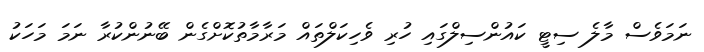
ނަމަވެސް މާލެ ސިޓީ ކައުންސިލްގައި ހުރި ވެހިކަލްތައް މަރާމާތުކޮށްގެން ބޭނުންކުރާ ނަމަ މަހަކު